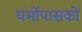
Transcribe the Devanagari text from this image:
धर्मोपासकों